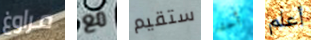
مراوغ مع ستقيم أحد أعلم